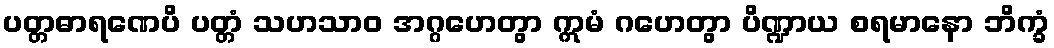
ပတ္တဓာရဏေပိ ပတ္တံ သဟသာဝ အဂ္ဂဟေတွာ ဣမံ ဂဟေတွာ ပိဏ္ဍာယ စရမာနော ဘိက္ခံ